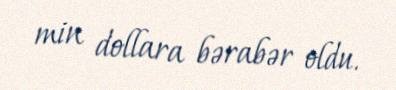
min dollara bərabər oldu.